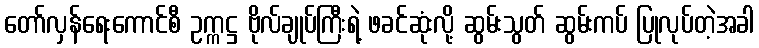
တော်လှန်ရေးကောင်စီ ဥက္ကဋ္ဌ ဗိုလ်ချုပ်ကြီးရဲ့ ဖခင်ဆုံးလို့ ဆွမ်းသွတ် ဆွမ်းကပ် ပြုလုပ်တဲ့အခါ